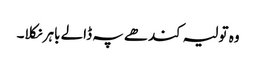
وہ تولیہ کندھے پہ ڈالے باہر نکلا۔